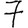
Digit: 7